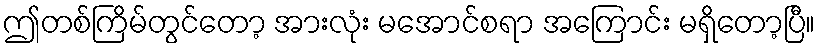
ဤတစ်ကြိမ်တွင်တော့ အားလုံး မအောင်စရာ အကြောင်း မရှိတော့ပြီ။